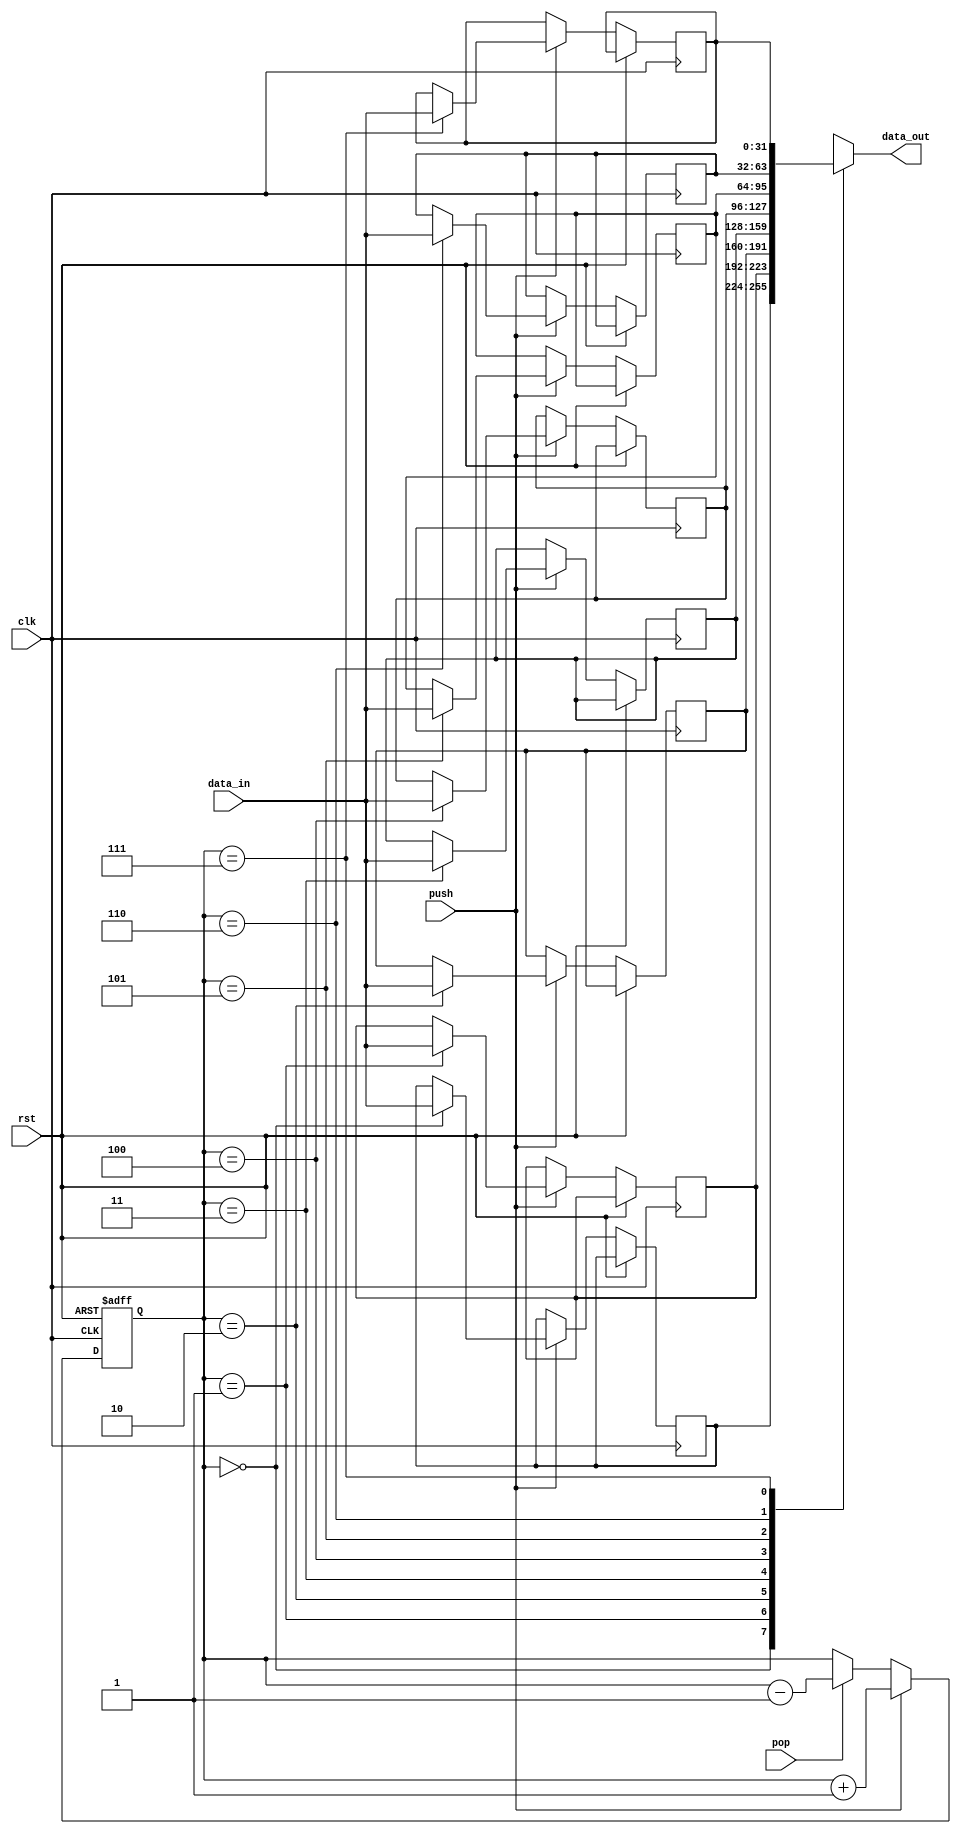
module MemoryBlocksStack(
    input wire clk,
    input wire rst,
    input wire push,
    input wire pop,
    input wire [31:0] data_in,
    output wire [31:0] data_out
);

parameter MEM_SIZE = 8; // Number of memory blocks
reg [31:0] memory [MEM_SIZE-1:0]; // Memory blocks
reg [2:0] stack_pointer; // Stack pointer

always @(posedge clk or posedge rst)
begin
    if(rst)
    begin
        stack_pointer <= 0;
    end
    else if(push)
    begin
        memory[stack_pointer] <= data_in;
        stack_pointer <= stack_pointer + 1;
    end
    else if(pop)
    begin
        stack_pointer <= stack_pointer - 1;
    end
end

assign data_out = memory[stack_pointer];

endmodule